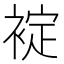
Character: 䘺